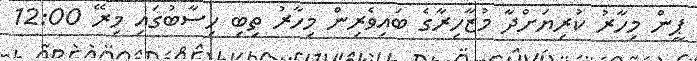
ޕީން މިހާރު ކުރިޔަށްދާ މުޒާހިރާގެ ބައިވެރިން މިހާރު ތިބި ހިސާބުގައި މިރޭ 12:00